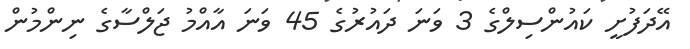
އޭދަފުށީ ކައުންސިލްގެ 3 ވަނަ ދައުރުގެ 45 ވަނަ އާއްމު ޖަލްސާގެ ނިންމުން